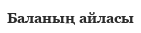
Баланың айласы